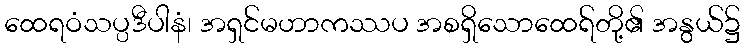
ထေရဝံသပ္ပဒီပါနံ၊ အရှင်မဟာကဿပ အစရှိသောထေရ်တို့၏ အနွယ်၌